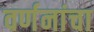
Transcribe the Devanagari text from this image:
वर्णनांचा